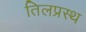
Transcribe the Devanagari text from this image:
तिलप्रस्थ